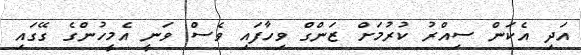
އަދި އެކަން ސިއްރު ކުރުމަށް ޒަންގް ވިހާފައި ވެސް ވަނީ އެމީހުންގެ ގޭގައި